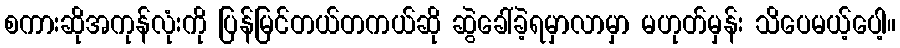
စကားဆိုအကုန်လုံးကို ပြန်မြင်တယ်တကယ်ဆို ဆွဲခေါ်ခဲ့ရမှာလာမှာ မဟုတ်မှန်း သိပေမယ့်ပေါ့။